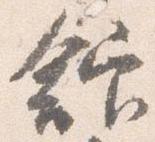
館